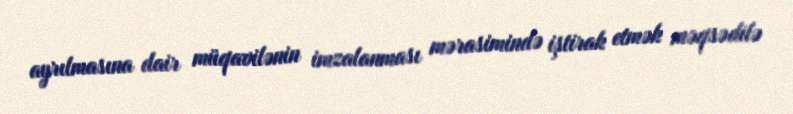
ayrılmasına dair müqavilənin imzalanması mərasimində iştirak etmək məqsədilə